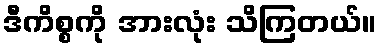
ဒီကိစ္စကို အားလုံး သိကြတယ်။